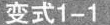
变式1-1